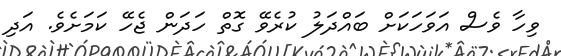
ވިހާ ވެސް އަވަހަކަށް ބައްދަލު ކުރެވޭ ގޮތް ހަދަން ޖެހޭ ކަމަށެވެ. އަދި